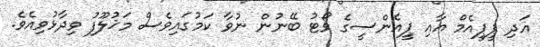
އަދި ޕީޕީއެމް އާއި ޕީއެންސީގެ ވޯޓު ބޭނުން ނުވާ ކަމުގައިވެސް މަޚުލޫފު ވިދާޅުވިއެވެ.